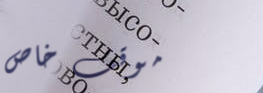
موقف خاص